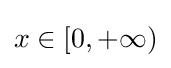
x\in [0,+\infty )